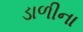
ડાળીના